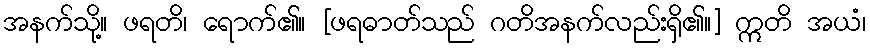
အနက်သို့။ ဖရတိ၊ ရောက်၏။ [ဖရဓာတ်သည် ဂတိအနက်လည်းရှိ၏။] ဣတိ အယံ၊